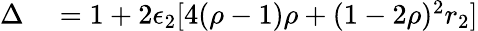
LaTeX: \begin{array}{rl}{\Delta}&{{}=1+2\epsilon_{2}[4(\rho-1)\rho+(1-2\rho)^{2}r_{2}]}\end{array}